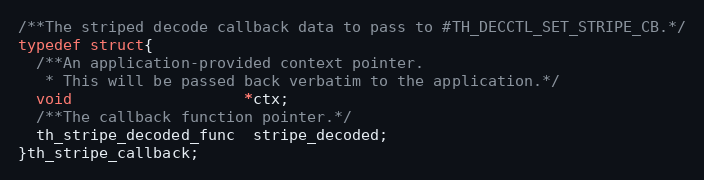
Language: C
/**The striped decode callback data to pass to #TH_DECCTL_SET_STRIPE_CB.*/
typedef struct{
  /**An application-provided context pointer.
   * This will be passed back verbatim to the application.*/
  void                   *ctx;
  /**The callback function pointer.*/
  th_stripe_decoded_func  stripe_decoded;
}th_stripe_callback;